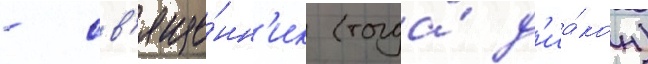
- св'яще́нн'ик (тогда́ д'иа́кон)